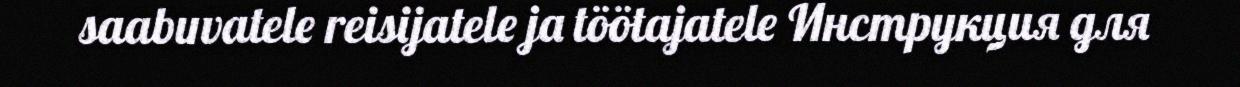
saabuvatele reisijatele ja töötajatele Инструкция для